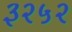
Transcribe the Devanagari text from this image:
३२५२